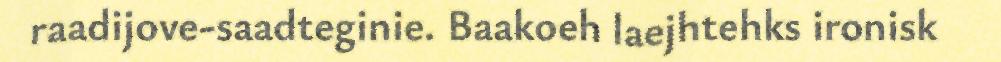
raadijove-saadteginie. Baakoeh laejhtehks ironisk